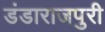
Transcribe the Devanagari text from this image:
डंडाराजपुरी